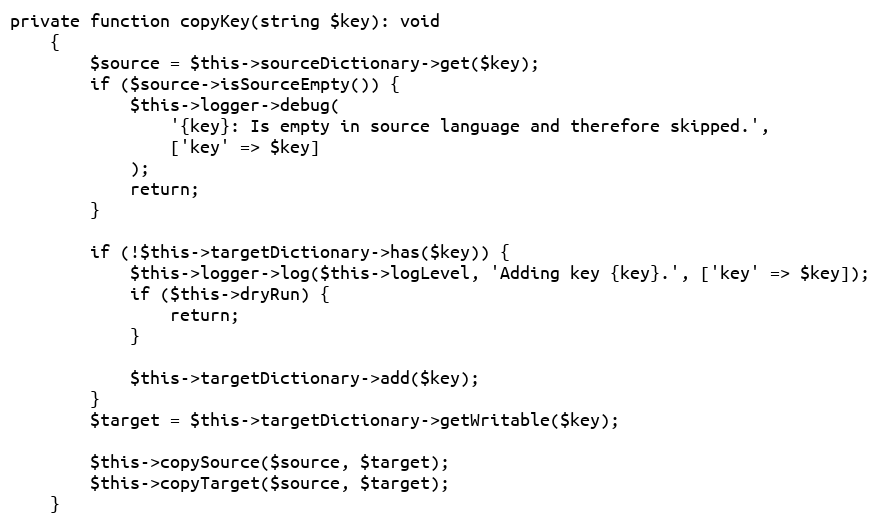
Language: PHP
private function copyKey(string $key): void
    {
        $source = $this->sourceDictionary->get($key);
        if ($source->isSourceEmpty()) {
            $this->logger->debug(
                '{key}: Is empty in source language and therefore skipped.',
                ['key' => $key]
            );
            return;
        }

        if (!$this->targetDictionary->has($key)) {
            $this->logger->log($this->logLevel, 'Adding key {key}.', ['key' => $key]);
            if ($this->dryRun) {
                return;
            }

            $this->targetDictionary->add($key);
        }
        $target = $this->targetDictionary->getWritable($key);

        $this->copySource($source, $target);
        $this->copyTarget($source, $target);
    }